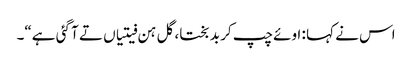
اس نے کہا : اوئے چپ کر بد بختا، گل ہن فیتیاں تے آ گئی ہے“۔